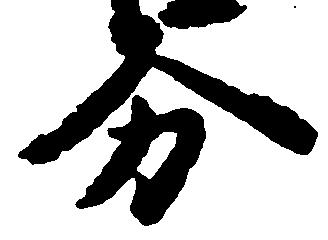
分